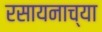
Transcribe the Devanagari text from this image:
रसायनाच्या